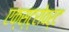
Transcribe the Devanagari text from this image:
एक्स्ट्रोवर्ट